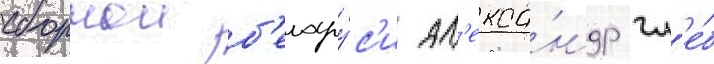
сборнои б'елару́с'и ал'екса́ндр гл'е́б